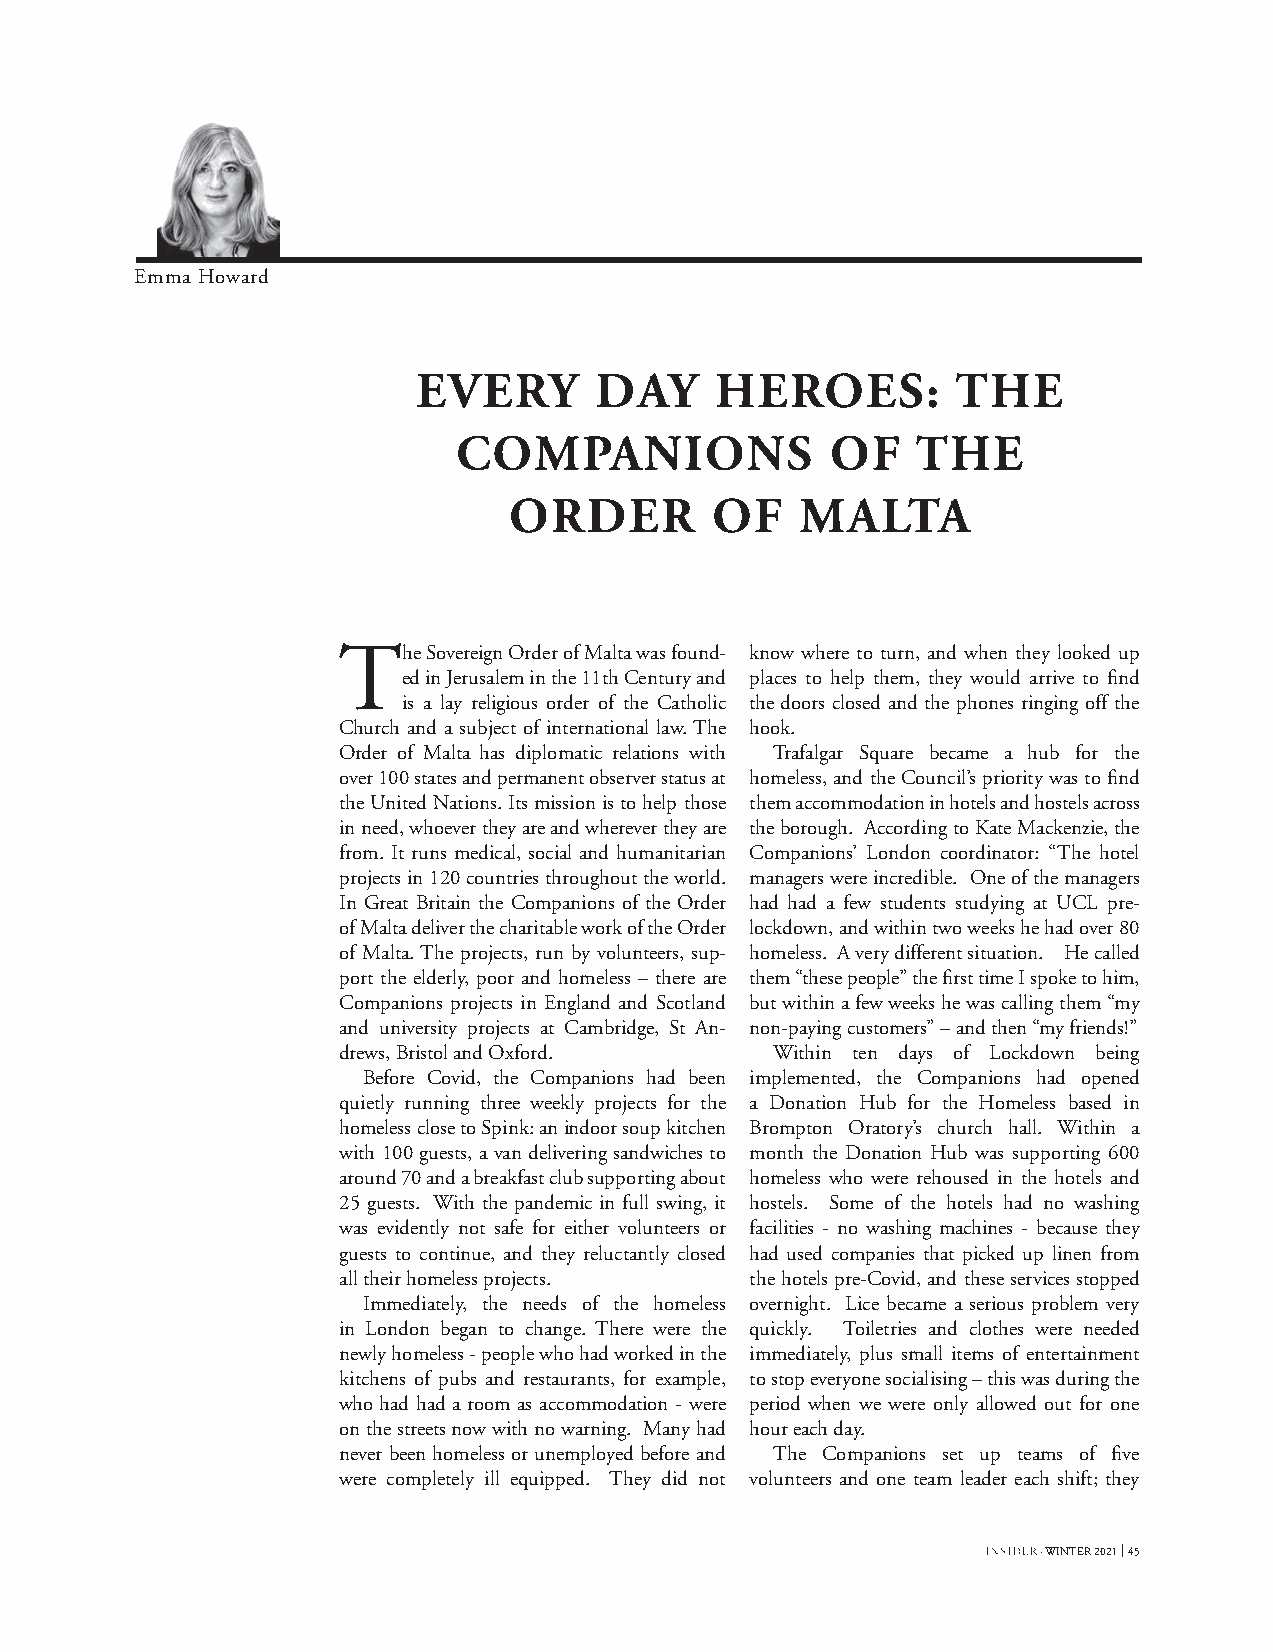
Emma Howard
 EVERY      DAY     HEROES:         THE
 COMPANIONS               OF    THE
 ORDER        OF    MALTA
 The   Sovereign Order of Malta was found- know where to turn, and when they looked up
 ed in Jerusalem in the 11th Century and places to help them, they would arrive to find
 is a lay religious order of the Catholic the doors closed and the phones ringing off the
 Church and a subject of international law. The hook.
 Order of Malta has diplomatic relations with Trafalgar Square became a hub for the
 over 100 states and permanent observer status at homeless, and the Council’s priority was to find
 the United Nations. Its mission is to help those them accommodation in hotels and hostels across
 in need, whoever they are and wherever they are the borough. According to Kate Mackenzie, the
 from. It runs medical, social and humanitarian Companions’ London coordinator: “The hotel
 projects in 120 countries throughout the world. managers were incredible. One of the managers
 In Great Britain the Companions of the Order had had a few students studying at UCL pre-
 of Malta deliver the charitable work of the Order lockdown, and within two weeks he had over 80
 of Malta. The projects, run by volunteers, sup- homeless. A very different situation. He called
 port the elderly, poor and homeless – there are them “these people” the first time I spoke to him,
 Companions projects in England and Scotland but within a few weeks he was calling them “my
 and university projects at Cambridge, St An- non-paying customers” – and then “my friends!”
 drews, Bristol and Oxford.   Within ten days of Lockdown being
 Before Covid, the Companions had been implemented, the Companions had opened
 quietly running three weekly projects for the a Donation Hub for the Homeless based in
 homeless close to Spink: an indoor soup kitchen Brompton Oratory’s church hall. Within a
 with 100 guests, a van delivering sandwiches to month the Donation Hub was supporting 600
 around 70 and a breakfast club supporting about homeless who were rehoused in the hotels and
 25 guests. With the pandemic in full swing, it hostels. Some of the hotels had no washing
 was evidently not safe for either volunteers or facilities - no washing machines - because they
 guests to continue, and they reluctantly closed had used companies that picked up linen from
 all their homeless projects. the hotels pre-Covid, and these services stopped
 Immediately, the needs of the homeless overnight. Lice became a serious problem very
 in London began to change. There were the quickly. Toiletries and clothes were needed
 newly homeless - people who had worked in the immediately, plus small items of entertainment
 kitchens of pubs and restaurants, for example, to stop everyone socialising – this was during the
 who had had a room as accommodation - were period when we were only allowed out for one
 on the streets now with no warning. Many had hour each day.
 never been homeless or unemployed before and The Companions set up teams of five
 were completely ill equipped. They did not volunteers and one team leader each shift; they
 · WINTER 2021 45